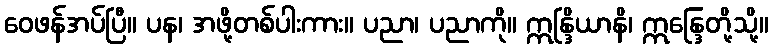
ဝေဖန်အပ်ပြီ။ ပန၊ အဖို့တစ်ပါးကား။ ပညာ၊ ပညာကို။ ဣန္ဒြိယာနိ၊ ဣန္ဒြေတို့သို့။